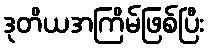
ဒုတိယအကြိမ်ဖြစ်ပြီး